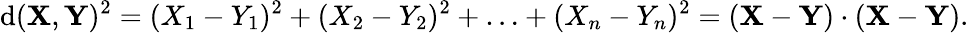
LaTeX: \mathrm{d}(\mathbf{{X}},\mathbf{{Y}})^{2}=(X_{1}-Y_{1})^{2}+(X_{2}-Y_{2})^{2}+\ldots+(X_{n}-Y_{n})^{2}=(\mathbf{{X}}-\mathbf{{Y}})\cdot(\mathbf{{X}}-\mathbf{{Y}}).